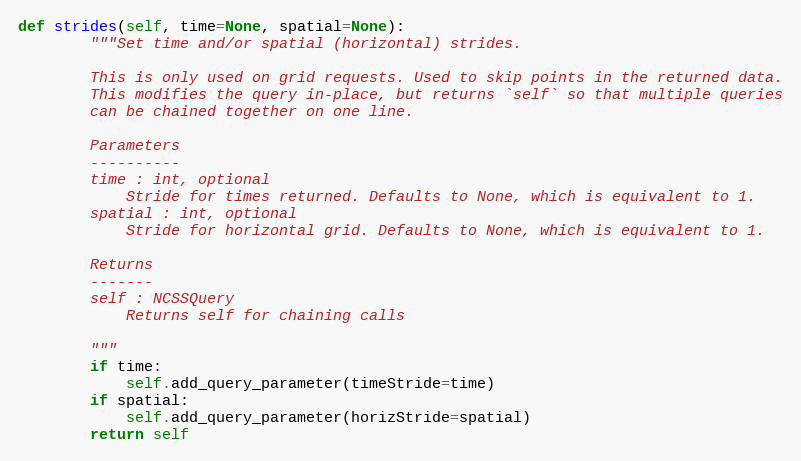
Language: Python
def strides(self, time=None, spatial=None):
        """Set time and/or spatial (horizontal) strides.

        This is only used on grid requests. Used to skip points in the returned data.
        This modifies the query in-place, but returns `self` so that multiple queries
        can be chained together on one line.

        Parameters
        ----------
        time : int, optional
            Stride for times returned. Defaults to None, which is equivalent to 1.
        spatial : int, optional
            Stride for horizontal grid. Defaults to None, which is equivalent to 1.

        Returns
        -------
        self : NCSSQuery
            Returns self for chaining calls

        """
        if time:
            self.add_query_parameter(timeStride=time)
        if spatial:
            self.add_query_parameter(horizStride=spatial)
        return self